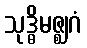
သုဒ္ဓိမဇ္ဈဂံ